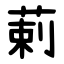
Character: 䓶